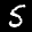
Label: 5